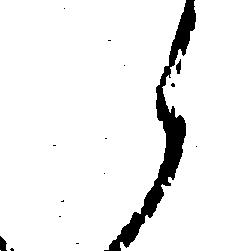
候